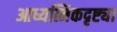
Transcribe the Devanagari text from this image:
आध्यत्मिकदृष्ट्या